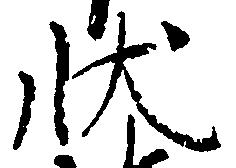
状